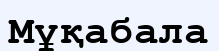
Мұқабала